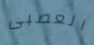
العصبى